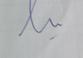
Signature authenticity: genuine